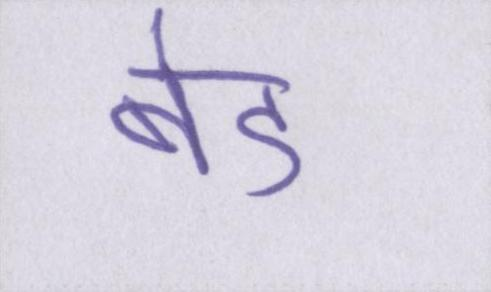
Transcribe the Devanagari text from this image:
बेड